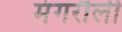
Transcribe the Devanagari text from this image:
मंगरौली